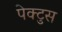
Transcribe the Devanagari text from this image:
पेक्टुस